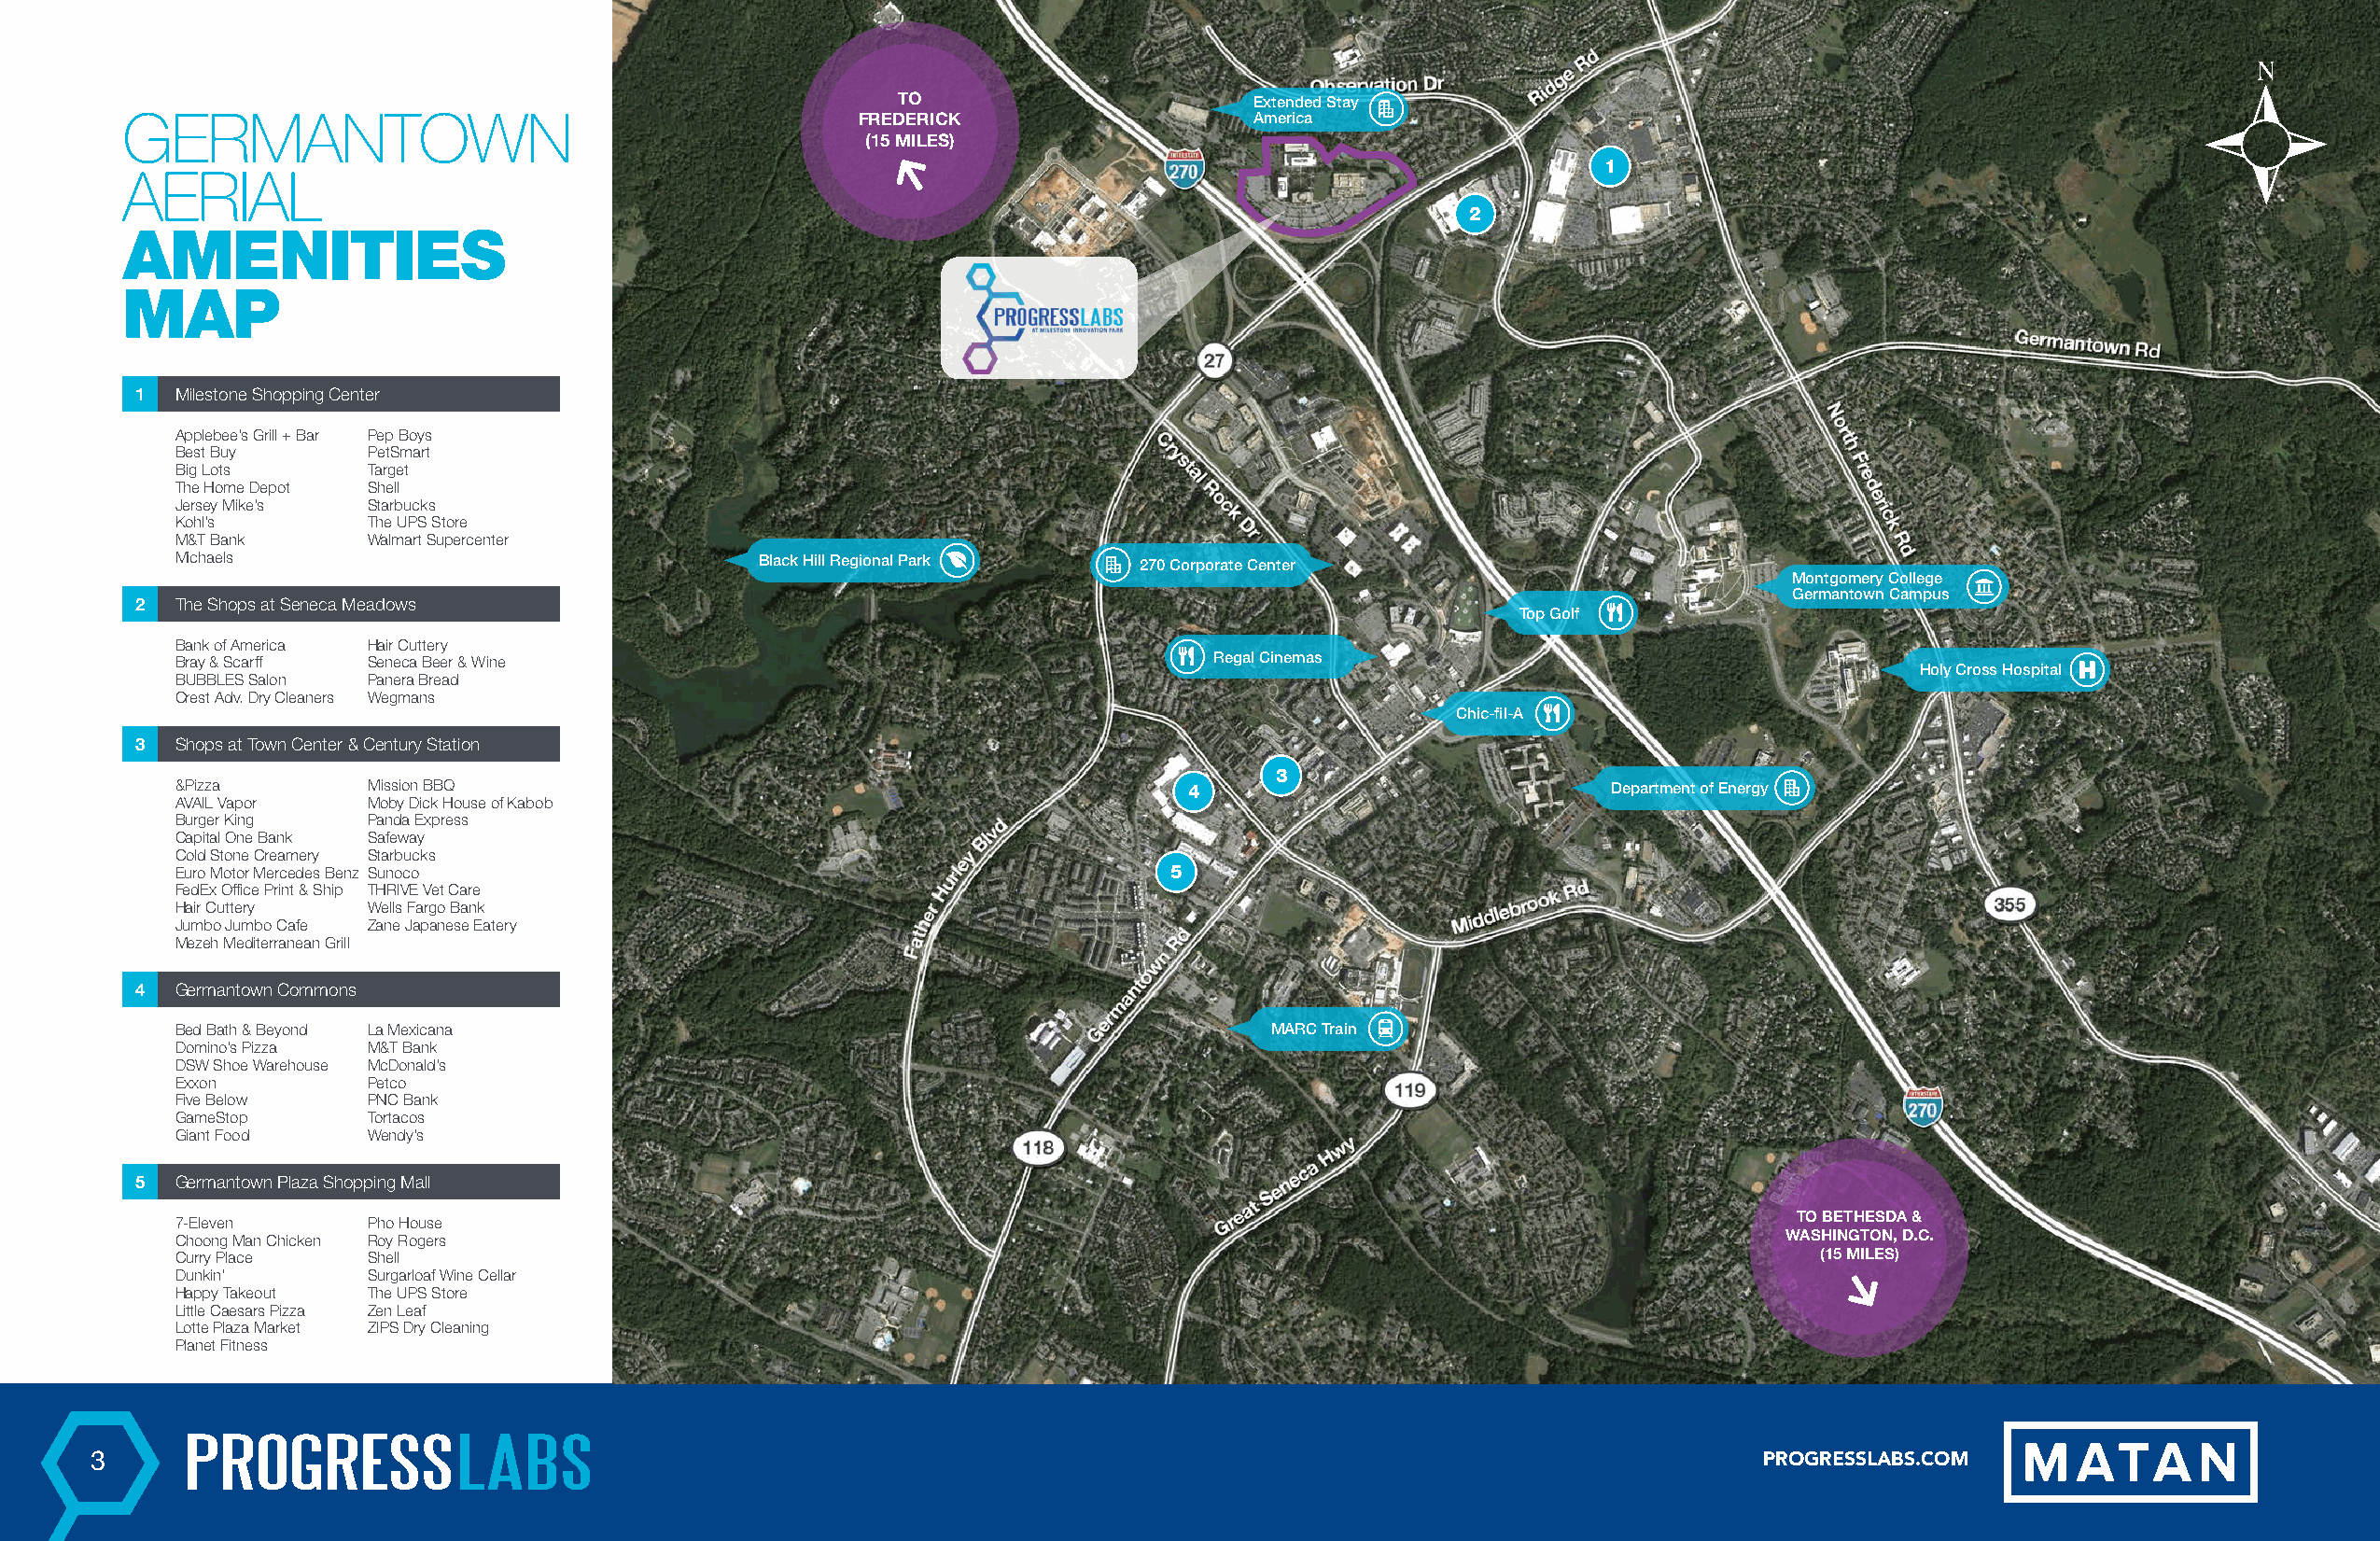
TO                       Extended Stay
 GERMANTOWN                                          FREDERICK                   America
 (15 MILES)
 1
 AERIAL
 2
 AMENITIES
 MAP
 1 Milestone Shopping Center
 Applebee’s Grill + Bar Pep Boys
 Best Buy      PetSmart
 Big Lots      Target
 The Home Depot Shell
 Jersey Mike’s Starbucks
 Kohl’s        The UPS Store
 M&T Bank      Walmart Supercenter
 Michaels                                  Black Hill Regional Park   270 Corporate Center
 Montgomery College
 Germantown Campus
 2 The Shops at Seneca Meadows
 Top Golf
 Bank of America Hair Cuttery
 Bray & Scarff Seneca Beer & Wine                                          Regal Cinemas
 Holy Cross Hospital
 BUBBLES Salon Panera Bread
 Crest Adv. Dry Cleaners Wegmans
 Chic-fil-A
 3 Shops at Town Center & Century Station
 3
 &Pizza        Mission BBQ                                               4                             Department of Energy
 AVAIL Vapor   Moby Dick House of Kabob
 Burger King   Panda Express
 Capital One Bank Safeway
 Cold Stone Creamery Starbucks
 Euro Motor Mercedes Benz Sunoco                                        5
 FedEx Office Print & Ship THRIVE Vet Care
 Hair Cuttery  Wells Fargo Bank
 Jumbo Jumbo Cafe Zane Japanese Eatery
 Mezeh Mediterranean Grill
 4 Germantown Commons
 Bed Bath & Beyond La Mexicana                                                 MARC Train
 Domino’s Pizza M&T Bank
 DSW Shoe Warehouse McDonald’s
 Exxon         Petco
 Five Below    PNC Bank
 GameStop      Tortacos
 Giant Food    Wendy’s
 5 Germantown Plaza Shopping Mall
 TO BETHESDA &
 7-Eleven      Pho House
 Choong Man Chicken Roy Rogers                                                                                      WASHINGTON, D.C.
 Curry Place   Shell                                                                                                  (15 MILES)
 Dunkin’       Surgarloaf Wine Cellar
 Happy Takeout The UPS Store
 Little Caesars Pizza Zen Leaf
 Lotte Plaza Market ZIPS Dry Cleaning
 Planet Fitness
 3                                                                                                                      PROGRESSLABS.COM